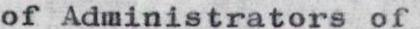
of Administrators of